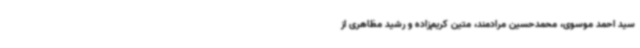
سید احمد موسوی، محمدحسین مرادمند، متین کریم‌زاده و رشید مظاهری از